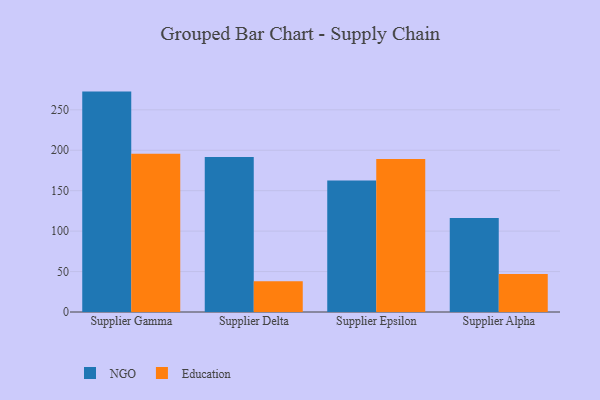
{"axis": {"x": "Supplier", "y": "Net Income (USD K)"}, "legend": ["Education", "NGO"], "data": [{"x": "Supplier Gamma", "y": 272.5, "type": "NGO"}, {"x": "Supplier Gamma", "y": 195.8, "type": "Education"}, {"x": "Supplier Delta", "y": 191.7, "type": "NGO"}, {"x": "Supplier Delta", "y": 37.9, "type": "Education"}, {"x": "Supplier Epsilon", "y": 162.7, "type": "NGO"}, {"x": "Supplier Epsilon", "y": 189.3, "type": "Education"}, {"x": "Supplier Alpha", "y": 116.2, "type": "NGO"}, {"x": "Supplier Alpha", "y": 46.9, "type": "Education"}]}